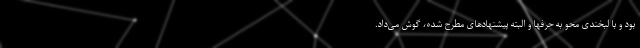
بود و با لبخندی محو به حرفها و البته پیشنهادهای مطرح شده، گوش می‌داد.